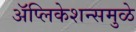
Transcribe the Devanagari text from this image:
अॅप्लिकेशन्समुळे